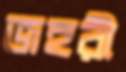
জহরী